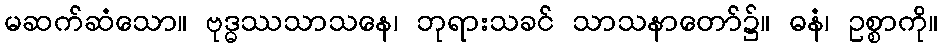
မဆက်ဆံသော။ ဗုဒ္ဓဿသာသနေ၊ ဘုရားသခင် သာသနာတော်၌။ ဓနံ၊ ဥစ္စာကို။